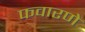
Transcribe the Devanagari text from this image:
फवारणे